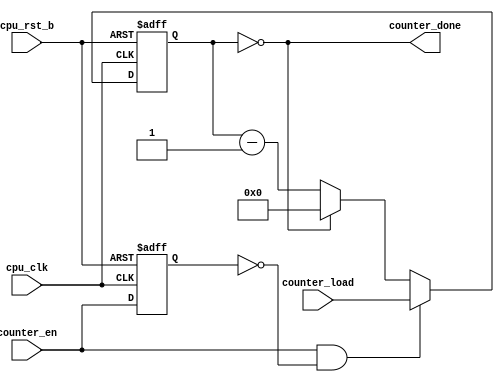
// This program was cloned from: https://github.com/T-head-Semi/opene906
// License: Apache License 2.0

/*Copyright 2020-2021 T-Head Semiconductor Co., Ltd.

Licensed under the Apache License, Version 2.0 (the "License");
you may not use this file except in compliance with the License.
You may obtain a copy of the License at

    http://www.apache.org/licenses/LICENSE-2.0

Unless required by applicable law or agreed to in writing, software
distributed under the License is distributed on an "AS IS" BASIS,
WITHOUT WARRANTIES OR CONDITIONS OF ANY KIND, either express or implied.
See the License for the specific language governing permissions and
limitations under the License.
*/
module ahb_fifo_counter(
  counter_done,
  counter_en,
  counter_load,
  cpu_clk,
  cpu_rst_b
);

// &Ports; @20
input           counter_en;   
input   [31:0]  counter_load; 
input           cpu_clk;      
input           cpu_rst_b;    
output          counter_done; 

// &Regs; @21
reg     [31:0]  counter;      
reg             counter_en_ff; 

// &Wires; @22
wire            counter_done; 
wire            counter_en;   
wire    [31:0]  counter_load; 
wire            cpu_clk;      
wire            cpu_rst_b;    
wire            load_cnt_en;  


always @(posedge cpu_clk or negedge cpu_rst_b)
begin
  if(!cpu_rst_b)
  begin
    counter_en_ff <= 1'b0;
  end
  else
  begin
    counter_en_ff <=counter_en ;
  end
end

assign load_cnt_en= (counter_en && !counter_en_ff);
                   /// || !(|counter[31:0]);

always @(posedge cpu_clk or negedge cpu_rst_b)
begin
  if(!cpu_rst_b)
  begin
    counter[31:0] <= 32'h0;
  end
  else if (load_cnt_en)
  begin
    counter[31:0] <= counter_load[31:0];
  end
  else if (counter_done)
    counter[31:0] <= 32'b0;
  else 
    counter[31:0] <= counter[31:0] -1'b1;
 end

assign counter_done = (counter[31:0] == 32'b0) ;
// &Force("output","counter_done"); @56
// &ModuleEnd; @57
endmodule